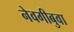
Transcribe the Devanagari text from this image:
नेवगीबुवा